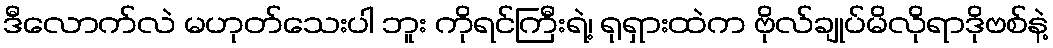
ဒီလောက်လဲ မဟုတ်သေးပါ ဘူး ကိုရင်ကြီးရဲ့၊ ရုရှားထဲက ဗိုလ်ချုပ်မိလိုရာဒိုဗစ်နဲ့